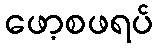
ဖော့စဖရပ်